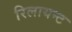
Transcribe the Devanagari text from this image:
रिलायन्ट